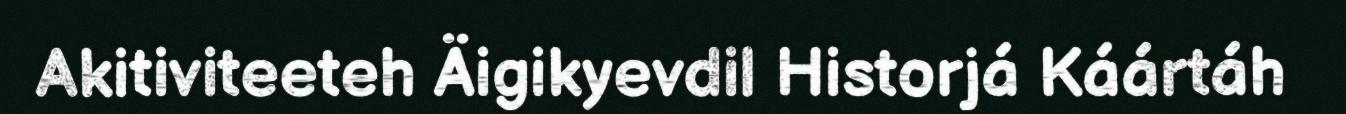
Akitiviteeteh Äigikyevdil Historjá Káártáh